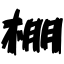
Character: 棚